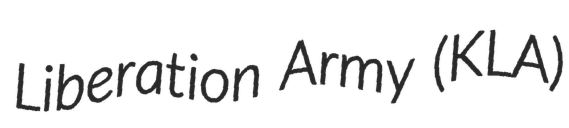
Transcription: Liberation Army (KLA)